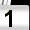
Digit: 1